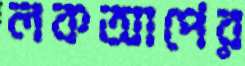
লকআপের